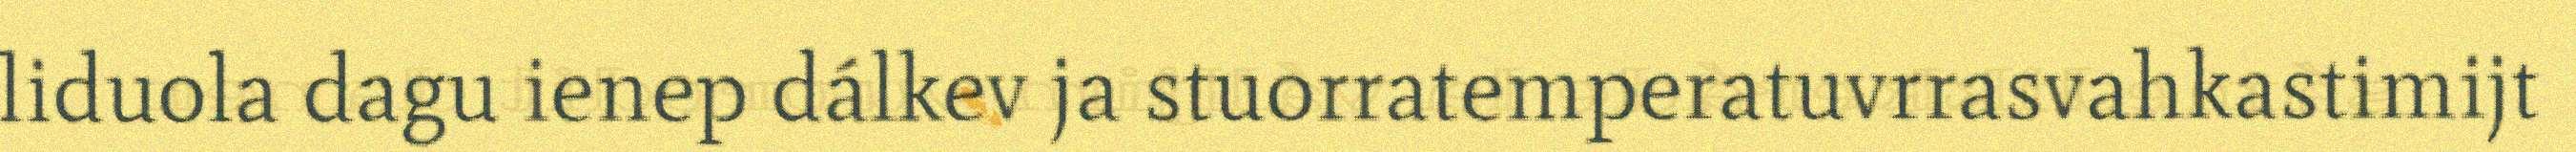
liduola dagu ienep dálkev ja stuorratemperatuvrrasvahkastimijt